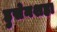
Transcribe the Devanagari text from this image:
हुसेनशहा